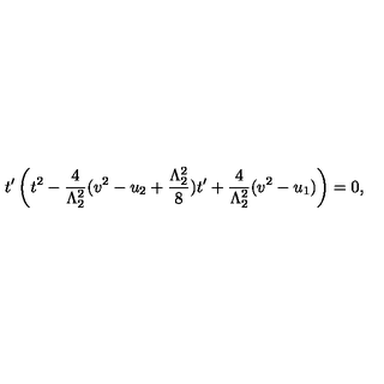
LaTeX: t ^ { \prime } \left( t ^ { 2 } - \frac { 4 } { \Lambda _ { 2 } ^ { 2 } } ( v ^ { 2 } - u _ { 2 } + \frac { \Lambda _ { 2 } ^ { 2 } } { 8 } ) t ^ { \prime } + \frac { 4 } { \Lambda _ { 2 } ^ { 2 } } ( v ^ { 2 } - u _ { 1 } ) \right) = 0 ,